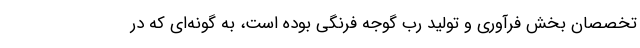
تخصصان بخش فرآوری و تولید رب گوجه فرنگی بوده است، به گونه‌ای که در